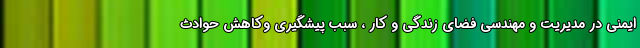
ایمنی در مدیریت و مهندسی فضای زندگی و کار ، سبب پیشگیری وکاهش حوادث